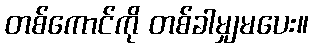
တစ်ကောင်ကို တစ်ခါမျှမပေး။